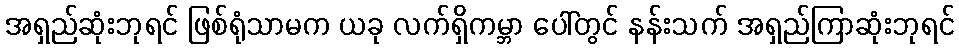
အရှည်ဆုံးဘုရင် ဖြစ်ရုံသာမက ယခု လက်ရှိကမ္ဘာ ပေါ်တွင် နန်းသက် အရှည်ကြာဆုံးဘုရင်